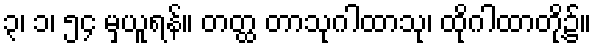
၃၊ ၁၊ ၅၄ မှယူရန်။ တတ္ထ တာသုဂါထာသု၊ ထိုဂါထာတို့၌။